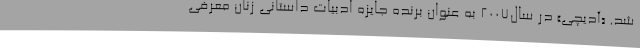
شد. «آدیچی» در سال2007 به عنوان برنده جایزه ادبیات داستانی زنان معرفی